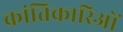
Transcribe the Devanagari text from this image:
क्रांतिकारिओं